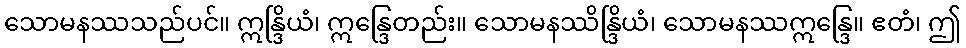
သောမနဿသည်ပင်။ ဣန္ဒြိယံ၊ ဣန္ဒြေတည်း။ သောမနဿိန္ဒြိယံ၊ သောမနဿဣန္ဒြေ။ ဧတံ၊ ဤ